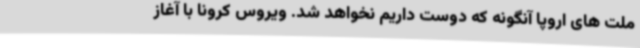
ملت های اروپا آنگونه که دوست داریم نخواهد شد. ویروس کرونا با آغاز